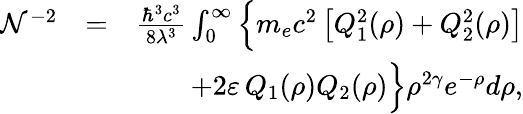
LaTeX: \begin{array}{rlr}{\mathcal{N}^{-2}}&{=}&{\frac{\hbar^{3}c^{3}}{8\lambda^{3}}\int_{0}^{\infty}\Big\{ m_{e}c^{2}\, \big[Q_{1}^{2}(\rho)+Q_{2}^{2}(\rho)\big]}\\ &{}&{+2\varepsilon\, Q_{1}(\rho)Q_{2}(\rho)\Big\} \rho^{2\gamma}e^{-\rho}d\rho,}\end{array}